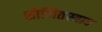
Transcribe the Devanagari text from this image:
शोणितस्त्राव